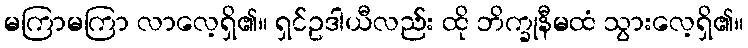
မကြာမကြာ လာလေ့ရှိ၏။ ရှင်ဥဒါယီလည်း ထို ဘိက္ခုနီမထံ သွားလေ့ရှိ၏။